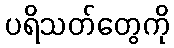
ပရိသတ်တွေကို